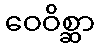
ဝေဝိစ္ဆာ